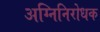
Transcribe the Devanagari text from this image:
अग्निनिरोधक